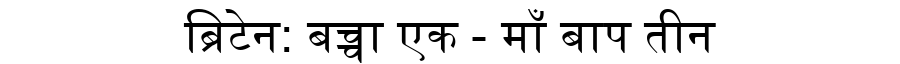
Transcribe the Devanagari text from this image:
ब्रिटेन: बच्चा एक - माँ बाप तीन